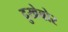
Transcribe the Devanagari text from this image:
दुखेबोर